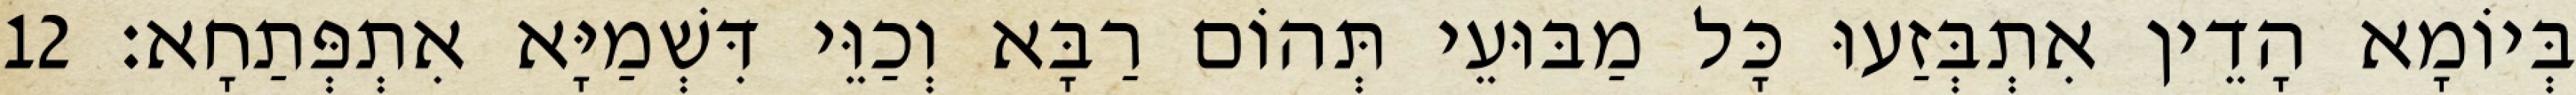
בְּיוֹמָא הָדֵין אִתְבְּזַעוּ כָּל מַבּוּעֵי תְּהוֹם רַבָּא וְכַוֵּי דִּשְׁמַיָּא אִתְפְּתַחָא׃ 12